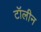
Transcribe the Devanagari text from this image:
टॉलीन